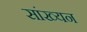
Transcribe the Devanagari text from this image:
सांख्यन